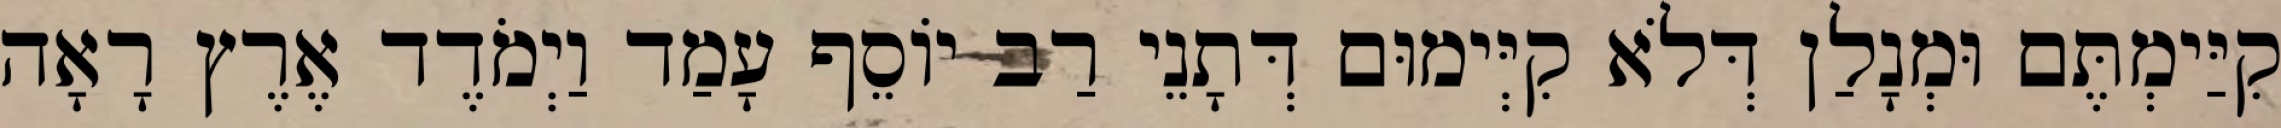
קִיַּימְתֶּם וּמְנָלַן דְּלֹא קִיְּימוּם דְּתָנֵי רַב יוֹסֵף עָמַד וַיְמֹדֶד אֶרֶץ רָאָה